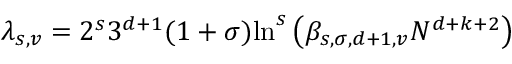
\lambda _ { s , v } = 2 ^ { s } 3 ^ { d + 1 } ( 1 + \sigma ) \mathrm { l n } ^ { s } \left( \beta _ { s , \sigma , d + 1 , v } N ^ { d + k + 2 } \right)